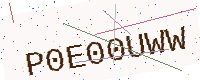
Text: P0E00UWW